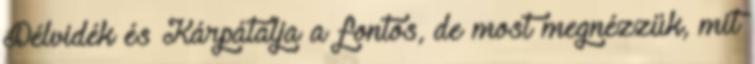
Délvidék és Kárpátalja a fontos, de most megnézzük, mit